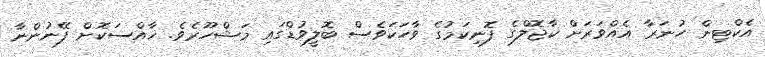
އެކްޓިން ހުނަރާ އެއްވަރަށް ކާޖޮލްގެ ފޮނިކަމުގެ ވާހަކަވެސް ބޮލީވުޑްގައި މަޝްހޫރެވެ. ޚާއްސަކޮށް ފޭނުންނާ